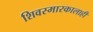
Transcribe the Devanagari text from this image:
शिवस्मारकालाही